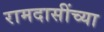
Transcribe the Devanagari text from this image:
रामदासींच्या